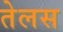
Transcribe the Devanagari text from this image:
तेलस